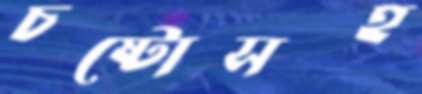
চষ্টোসহ